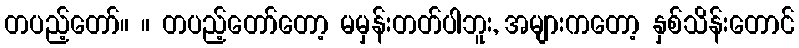
တပည့်တော်။ ။ တပည့်တော်တော့ မမှန်းတတ်ပါဘူး, အများကတော့ နှစ်သိန်းတောင်